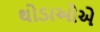
થોડાઓએ